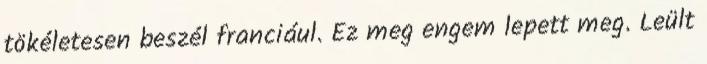
tökéletesen beszél franciául. Ez meg engem lepett meg. Leült